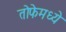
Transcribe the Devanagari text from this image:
तोफेमध्ये